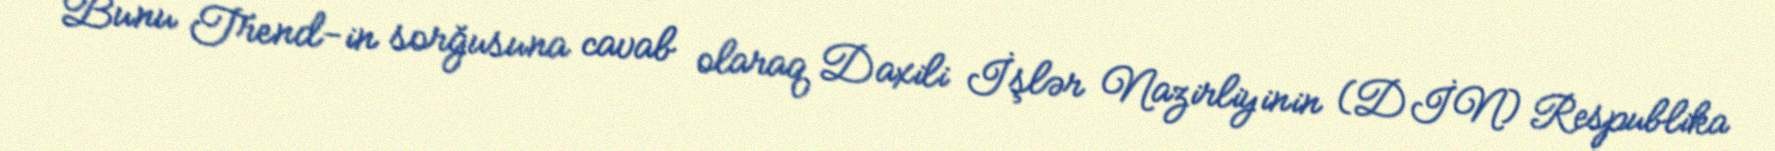
Bunu Trend-in sorğusuna cavab olaraq Daxili İşlər Nazirliyinin (DİN) Respublika